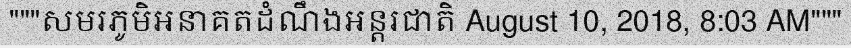
"""សមរភូមិអនាគតដំណឹងអន្តរជាតិ August 10, 2018, 8:03 AM"""